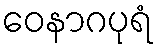
ဝေနာဂပုရံ